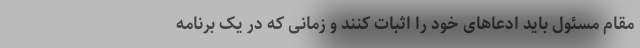
مقام مسئول باید ادعاهای خود را اثبات کنند و زمانی که در یک برنامه